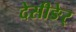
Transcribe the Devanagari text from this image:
देसीङेर्